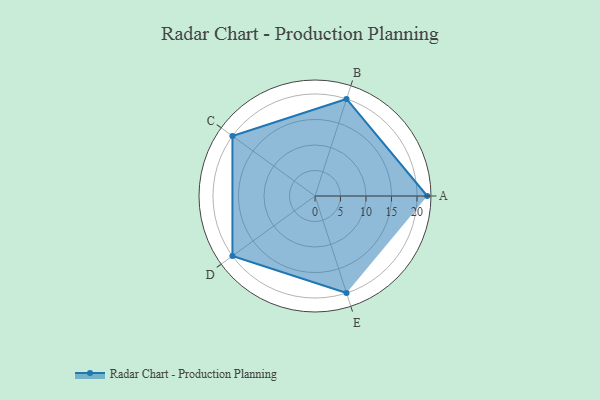
{"axis": {"x": "Skill", "y": "Score"}, "legend": ["Profile"], "data": [{"x": "A", "y": 22.0, "type": "Profile"}, {"x": "B", "y": 20, "type": "Profile"}, {"x": "C", "y": 20, "type": "Profile"}, {"x": "D", "y": 20, "type": "Profile"}, {"x": "E", "y": 20, "type": "Profile"}]}